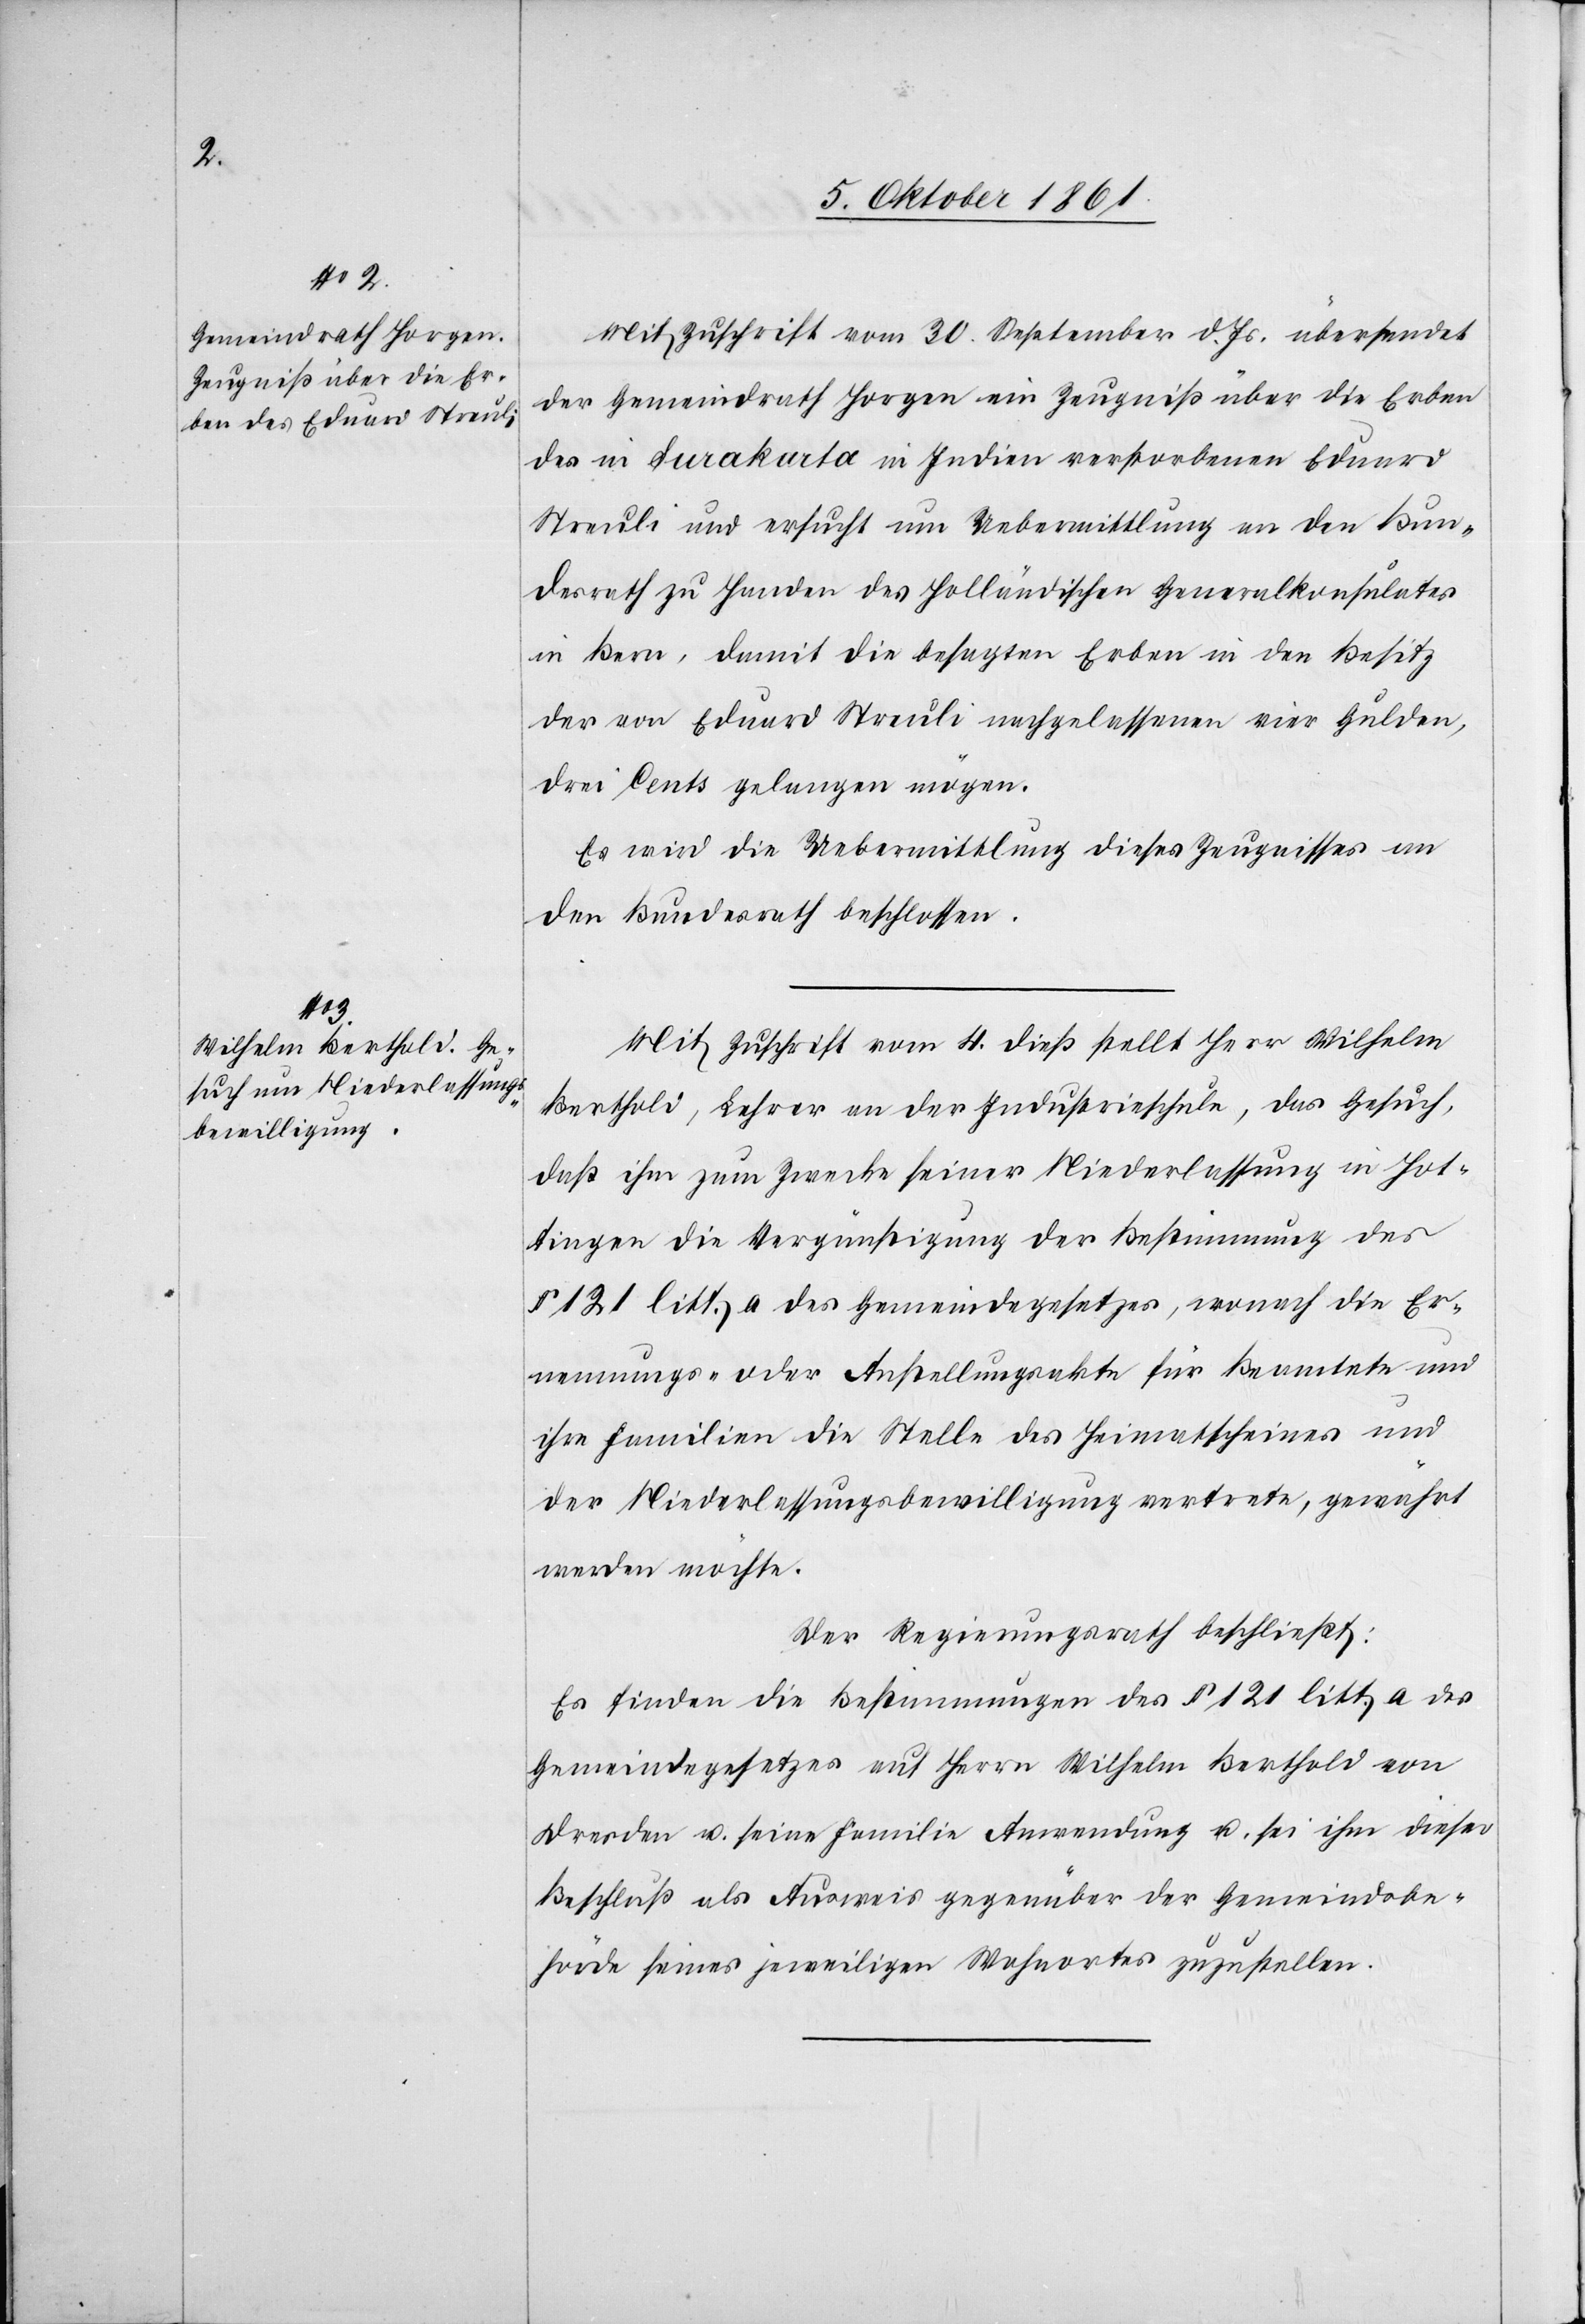
Mit Zuschrift vom 30 September d. Js. übersendet
der Gemeindrath Horgen ein Zeugniß über die Erben
des in Surakarta in Indien verstorbenen Eduard
Streuli und ersucht um Uebermittlung an den Bun¬
desrath zu Handen des Holländischen Generalkonsulates
in Bern, damit die besagten Erben in den Besitz
der von Eduard Streuli nachgelassenen vier Gulden,
drei Cents gelangen mögen.
Es wird die Uebermittlung dieses Zeugnisses an
den Bundesrath beschlossen.
Mit Zuschrift vom 4 dieß stellt Herr Wilhelm
Bertschi, Lehrer an der Industrieschule, das Gesuch,
daß ihm zum Zwecke seiner Niederlassung in Hot¬
tingen die Vergünstigung der Bestimmung des
§ 121 litt. a. des Gemeindegesetzes, wonach die Er¬
nennungs- oder Anstellungsakte für Beamtete und
ihre Familien die Stelle des Heimatscheines und
der Niederlaßungsbewilligung vertrete, gewährt
werden möchte.
Der Regierungsrath beschließt:
Es finden die Bestimmungen des § 121 litt. a des
Gemeindegesetzes auf Herrn Wilhelm Bertschi von
Dresden u. seine Familie Anwendung u. sei ihm dieser
Beschluß als Ausweis gegenüber der Gemeindebe¬
hörde seines jeweiligen Wohnortes zuzustellen.